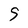
Character: 9